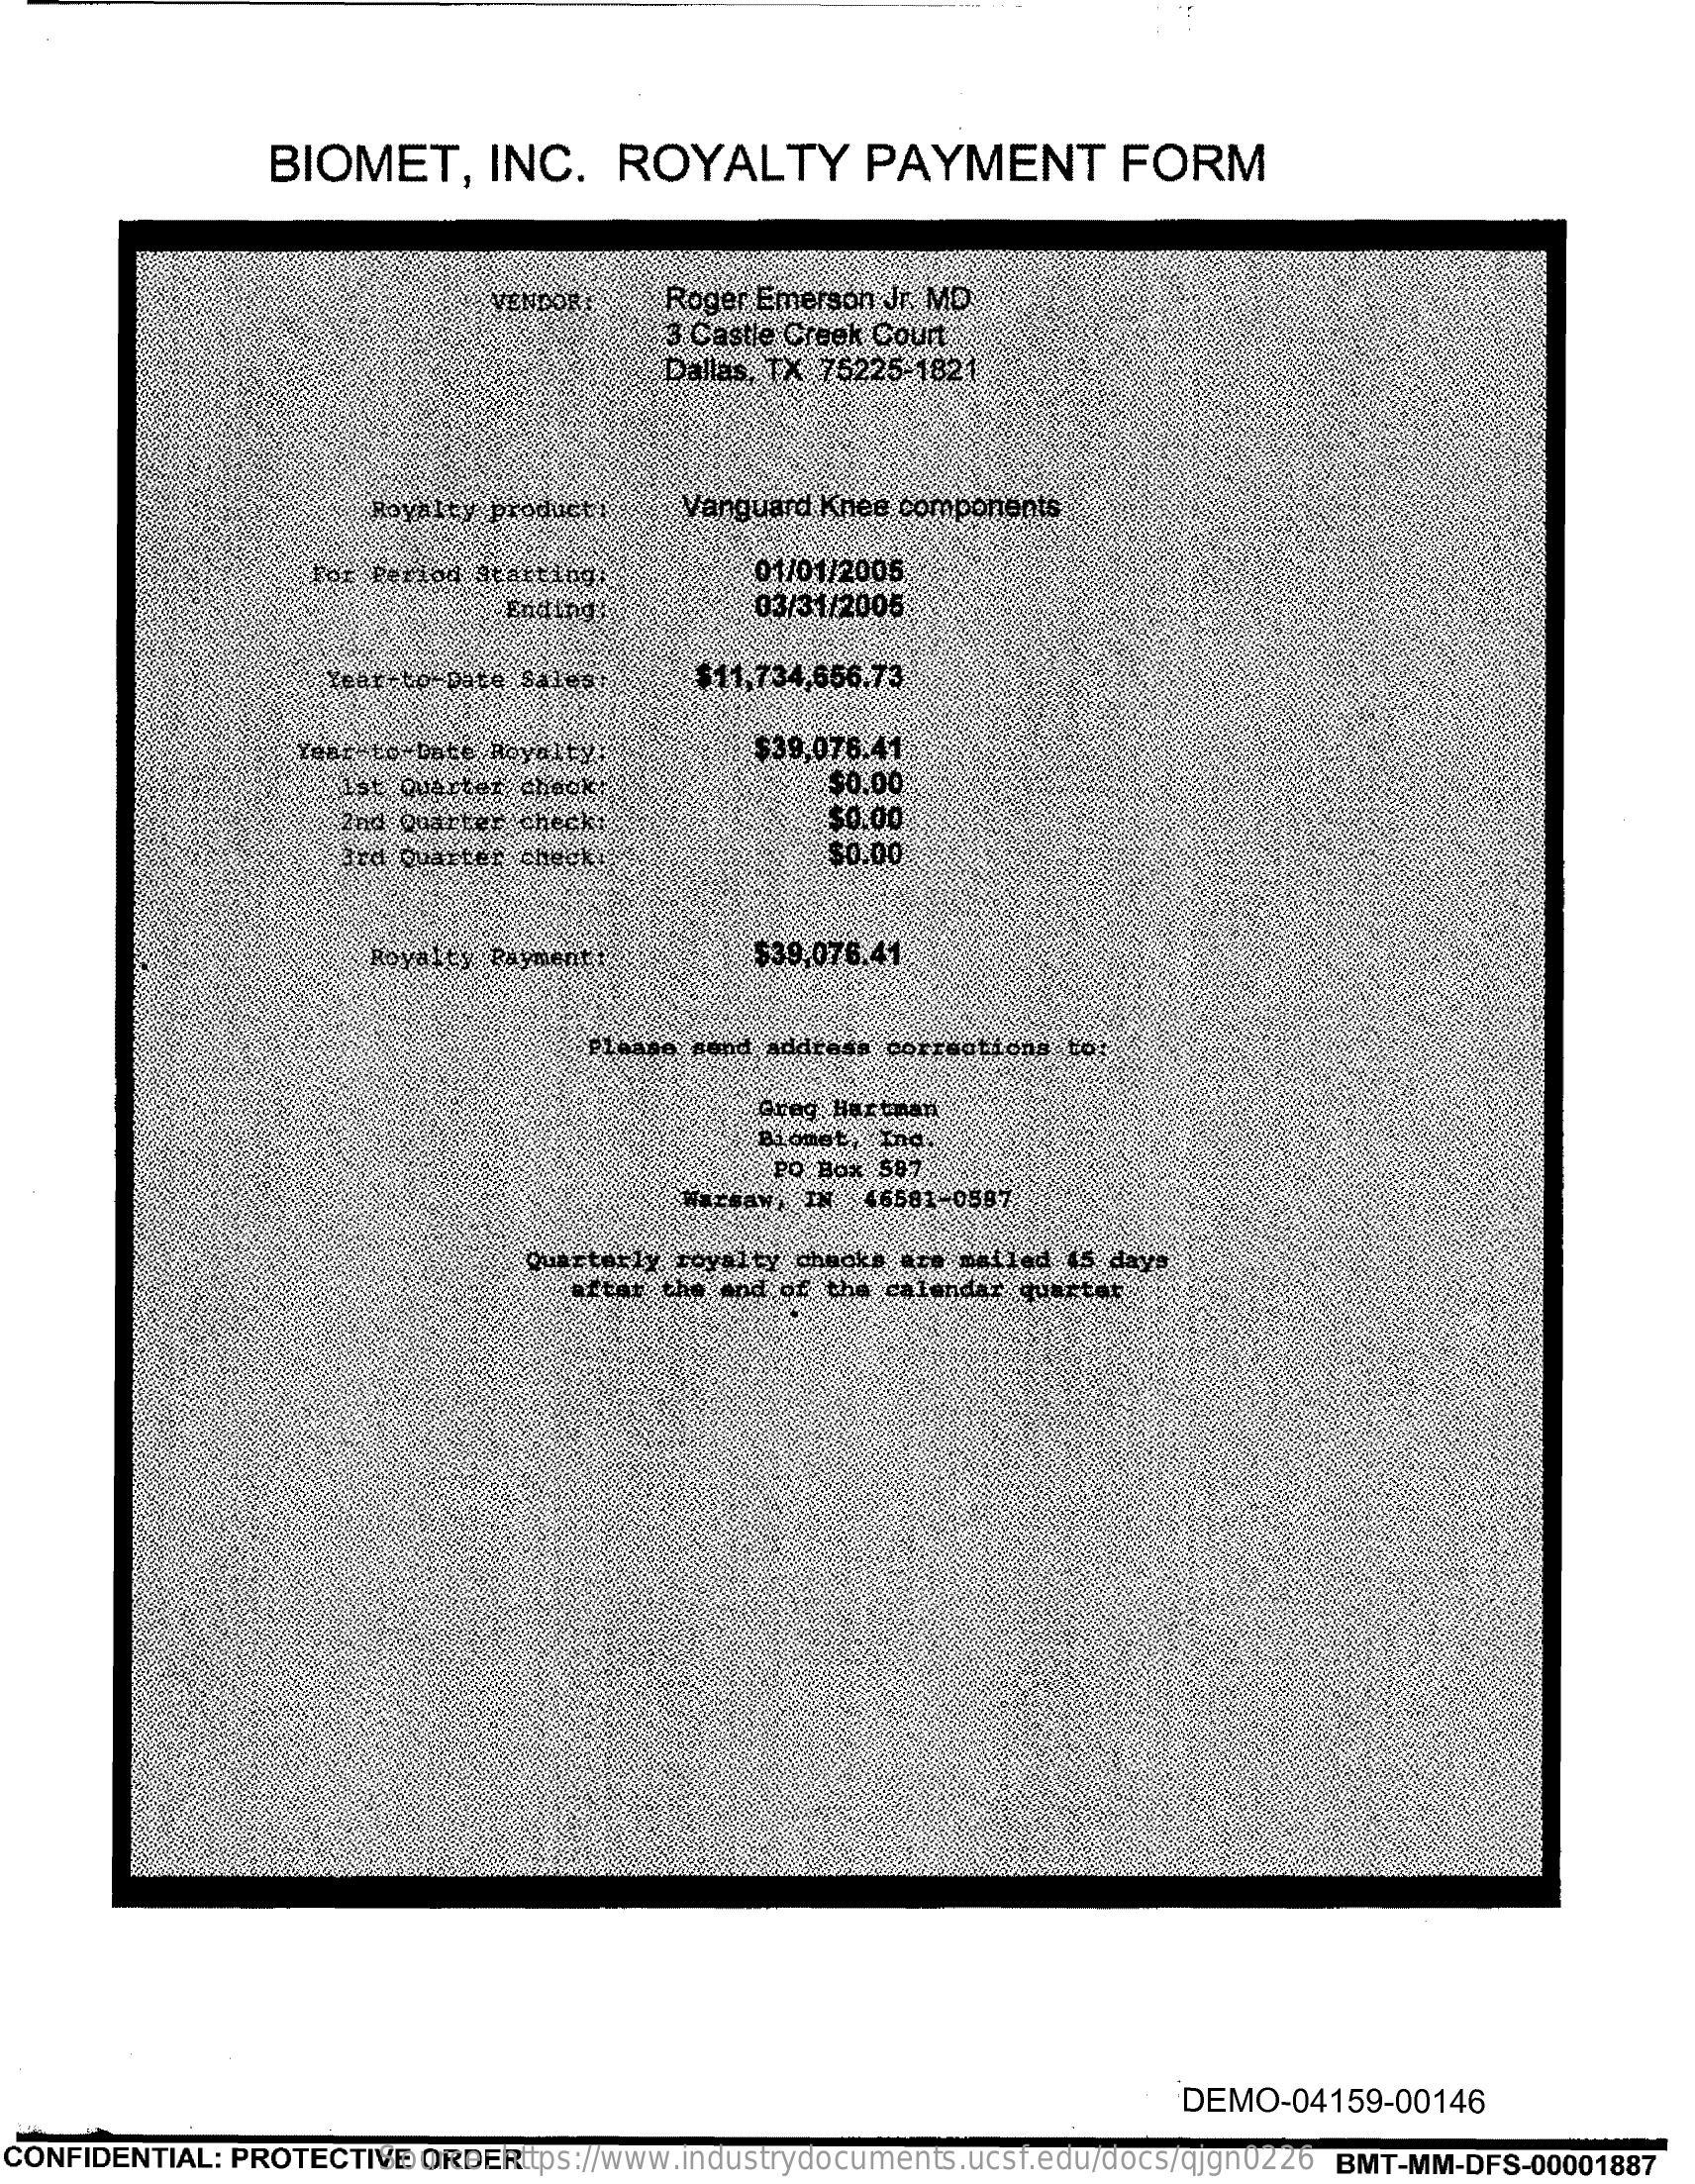
BIOMET,    INC.    ROYALTY    PAYMENT    FORM
     VENDORE    Roger Emerson Jr. MD
     3 Castle Creek Court
     Dallas, TX 75225-1821
     Royalty producto    Vanguard Knee components
     for Period Starting    01/01/2005
     Ending!    03/31/2005
     Year to-Date Sales;    $11,734,656.73
     font- to-Ente Royalty:    $39,076.41
     1st Quarter check    $0.00
     2nd Quarter check:    $0.00
     rd Quarter check    $0.00
     Royalty Payment :,    $39,076.41
     Please send address corrections to
     Greg Harthan
     Biomet  Ina.
     Po Box 587
     Warsaw, IN  46581-0587
     Quarterly royalty chacke are mailed 15 dave
     after the and of the calendar quartar
     DEMO-04159-00146
  CONFIDENTIAL: PROTECTIVE ORDER Source: https://www.industrydocuments.ucsf.edu/docs/qjgn0226 BMT-MM-DFS-00001887